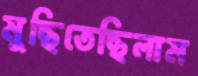
মুছিতেছিলাম